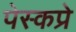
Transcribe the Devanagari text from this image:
पेस्कप्रे